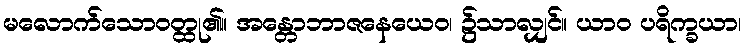
မလောက်သောဝတ္ထု၏။ အန္တောဘာဇနေယေဝ၊ ၌သာလျှင်။ ယာဝ ပရိက္ခယာ၊